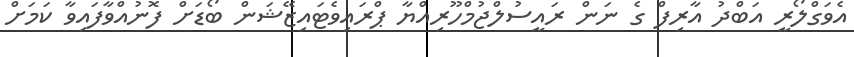
އެވަގްލޯރީ އަބްދު އާރިފް ގެ ނަން ރައީސުލްޖުމްހޫރިއްޔާ ޕްރައިވެޓައިޒޭޝަން ބޯޑަށް ފޮނުއްވާފައިވާ ކަމަށް